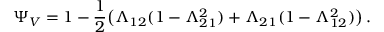
\Psi _ { V } = 1 - \frac { 1 } { 2 } \big ( \Lambda _ { 1 2 } ( 1 - \Lambda _ { 2 1 } ^ { 2 } ) + \Lambda _ { 2 1 } ( 1 - \Lambda _ { 1 2 } ^ { 2 } ) \big ) \, .